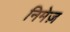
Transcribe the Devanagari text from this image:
निमेज़